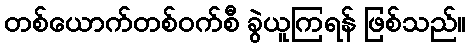
တစ်ယောက်တစ်ဝက်စီ ခွဲယူကြရန် ဖြစ်သည်။